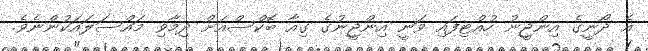
އެ ދޯނީގެ އިންޖީނު ހުއްޓިފައި ވަނީ އިންޖީނުގެ ގިއާ ބޮކްސްއަށް ދިމާވި މައްސަލައަކުންނެވެ.